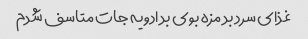
غذای سرد بد مزه بوی بد ادویه جات متاسف شدم